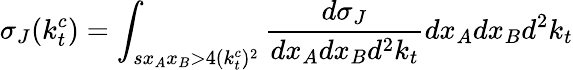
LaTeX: \sigma_{J}(k_{t}^{c})=\int_{sx_{A}x_{B}>4(k_{t}^{c})^{2}}{\frac{d\sigma_{J}}{dx_{A}dx_{B}d^{2}k_{t}}}dx_{A}dx_{B}d^{2}k_{t}